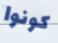
كونوا